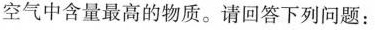
空气中含量最高的物质。请回答下列问题：